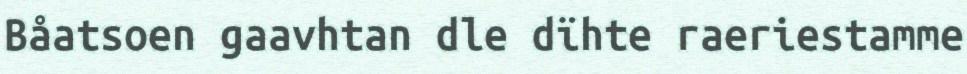
Båatsoen gaavhtan dle dïhte raeriestamme